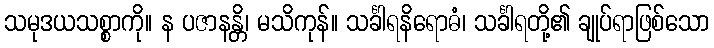
သမုဒယသစ္စာကို။ န ပဇာနန္တိ၊ မသိကုန်။ သင်္ခါရနိရောဓံ၊ သင်္ခါရတို့၏ ချုပ်ရာဖြစ်သော